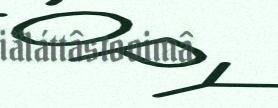
iäláttâstooimâ